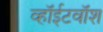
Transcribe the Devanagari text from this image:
व्हॉईटवॉश